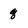
Character: 8